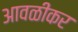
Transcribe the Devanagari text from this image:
आवळीकर